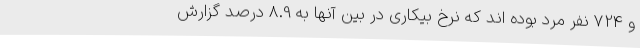
و 724 نفر مرد بوده اند که نرخ بیکاری در بین آنها به 8.9 درصد گزارش